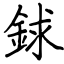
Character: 銶